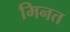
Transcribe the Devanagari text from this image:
मिनत